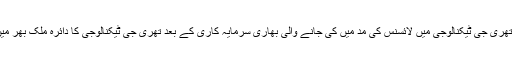
انڈسٹری ذرائع نے ’’ایکسپریس‘‘ کو بتایا کہ موبائل فون کمپنیوں کا کہنا ہے کہ تھری جی ٹیکنالوجی میں لائسنس کی مد میں کی جانے والی بھاری سرمایہ کاری کے بعد تھری جی ٹیکنالوجی کا دائرہ ملک بھر میں وسیع کرنے کے لیے مزید 1ارب ڈالر سالانہ کی سرمایہ کاری کی جانی ہے۔